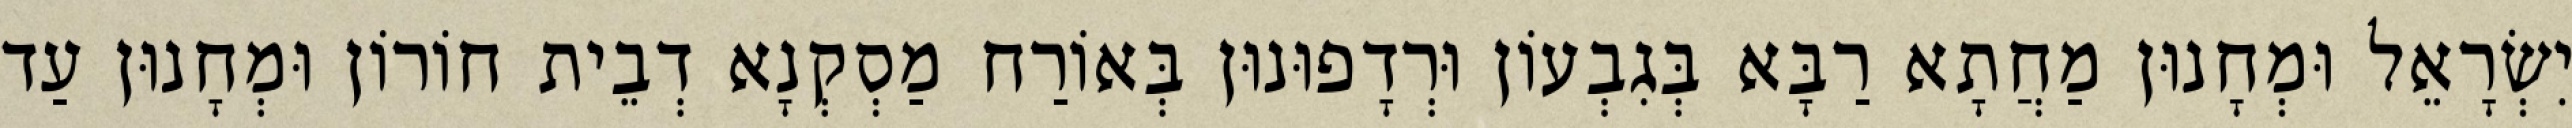
יִשְׂרָאֵל וּמְחָנוּן מַחֲתָא רַבָּא בְּגִבְעוֹן וּרְדָפוּנוּן בְּאוֹרַח מַסְקְנָא דְבֵית חוֹרוֹן וּמְחָנוּן עַד